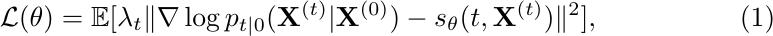
\begin{equation}
\label{eq:dsm_loss}
    \mathcal{L}(\theta) = \mathbb{E}[\lambda_{t} \lVert \nabla \log p_{t | 0}(\mathbf{X}^{(t)} | \mathbf{X}^{(0)}) - s_{\theta}(t, \mathbf{X}^{(t)}) \rVert^{2}],
\end{equation}